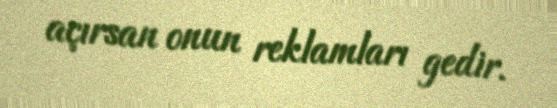
açırsan onun reklamları gedir.